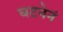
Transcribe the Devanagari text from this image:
घटनेनं